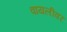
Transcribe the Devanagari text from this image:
वायलीवर